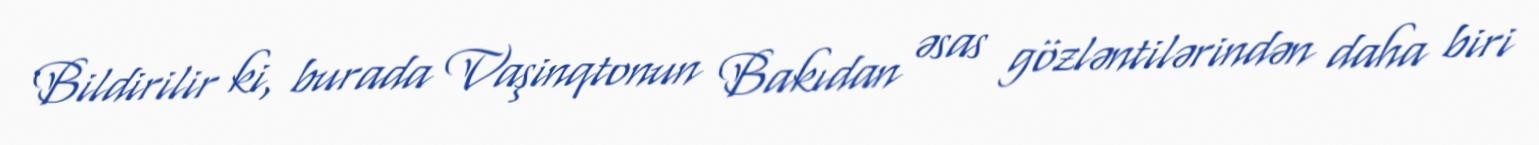
Bildirilir ki, burada Vaşinqtonun Bakıdan əsas gözləntilərindən daha biri